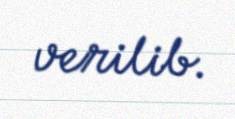
verilib.